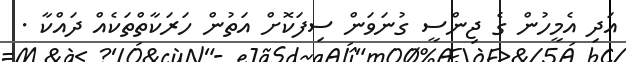
އަދި އެމީހުން ގެ ޖިންސީ ގުނަވަން ސިފަކޮށް އަތުން ހަރަކާތްތަކެއް ދައްކާ .